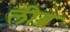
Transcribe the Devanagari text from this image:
लीब्र